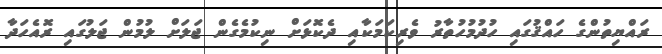
ރައްޔިތުންގެ ހައްޤުގައި ހުދުމުހުތާރު ވެރިކަމަކާއި ދެކޮޅަށް ނިކުމެގެން ޖަލަށް ލުމުން ޖަލުގައި ރޮއެހަދާ